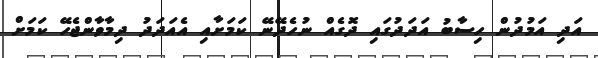
އަދި އަމުދުން ހިސާބު އަދަދުގައި ދޮގެއް ނުހެދޭނޭ ކަމަށާއި އެއަދަދު ދިމާވާންޖެހޭ ކަމަށް